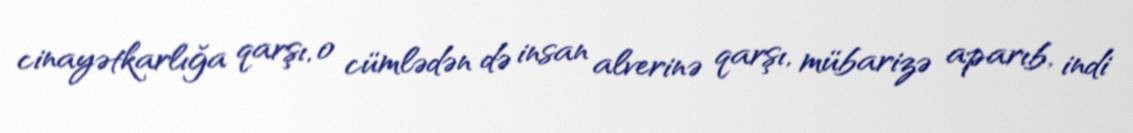
cinayətkarlığa qarşı, o cümlədən də insan alverinə qarşı, mübarizə aparıb, indi